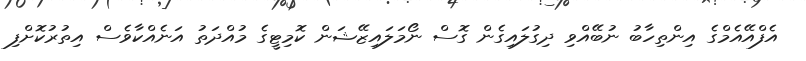
އެފްއޭއެމްގެ އިންތިހާބު ނުބޭއްވި ދިގުލައިގެން ގޮސް ނޯމަލައިޒޭޝަން ކޮމިޓީގެ މުއްދަތު އަނެއްކާވެސް އިތުރުކޮށްފި